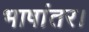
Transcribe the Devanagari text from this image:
भाषांतर।